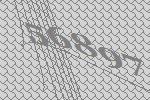
56897